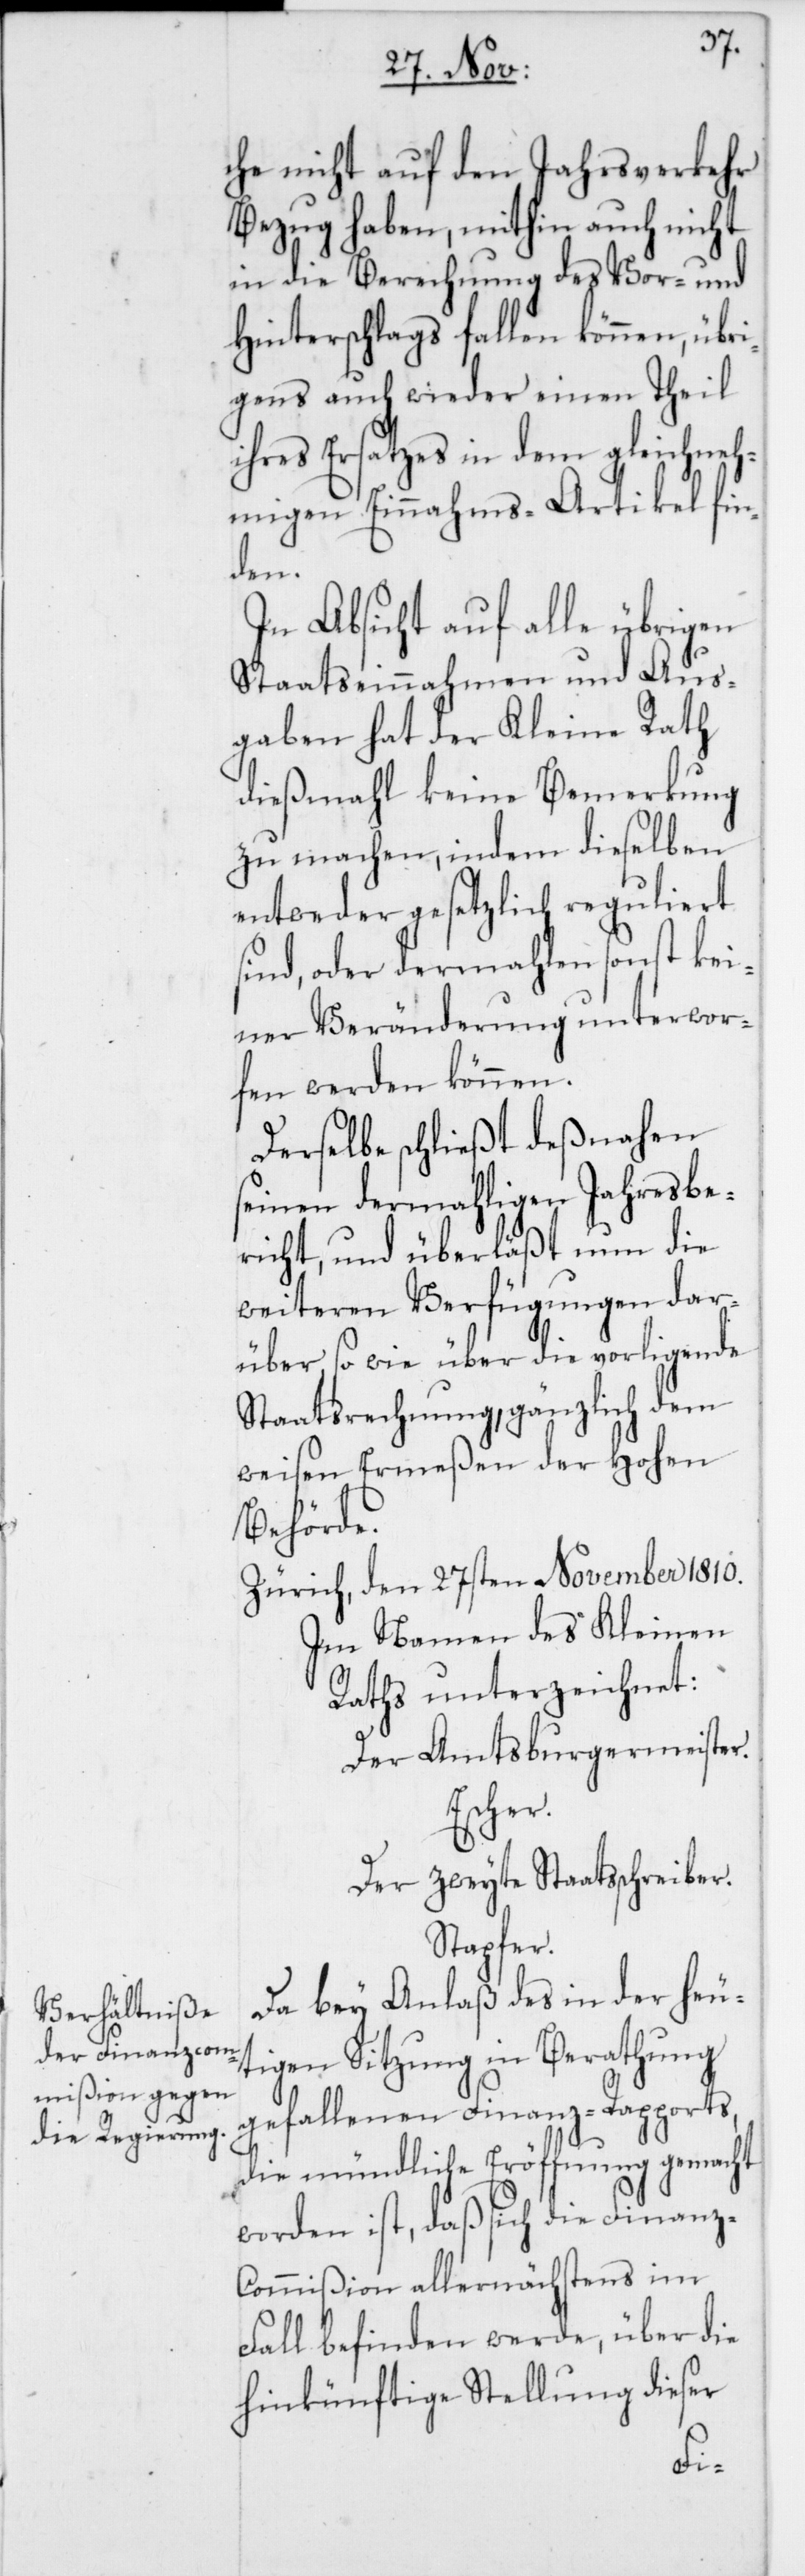
che nicht auf den Jahrsverkehr
Bezug haben, mithin auch nicht
in die Berechnung des Vor- und
Hinterschlags fallen können, übr¬
igens auch wieder einen Theil
ihres Ersatzes in dem gleichneh¬
migen Einnahms-Artikel fin¬
den.
In Absicht auf alle übrigen
Staatseinnahmen und Aus¬
gaben hat der Kleine Rath
dießmahl keine Bemerkung
zu machen, indem dieselben
entweder gesetzlich reguliert
sind, oder dermahlen sonst ke¬
iner Veränderung unterwor¬
fen werden können.
Derselbe schließt deßnahen
seinen dermahligen Jahresbe¬
richt, und überläßt nun die
weiteren Verfügungen dar¬
über, sowie über die vorliegende
Staatsrechnung, gänzlich dem
weisen Ermeßen der Hohen
Behörde.
Zürich, den 27sten November 1810.
Im Namen des Kleinen
Raths unterzeichnet:
Der Amtsburgermeister
Escher.
Der zweyte Staatsschreiber
Stapfer.
Da bey Anlaß des in der heu¬
tigen Sitzung in Berathung
gefallenen Finanz-Rapports,
die mündliche Eröffnung gemacht
worden ist, daß sich die Finanz-C¬
ommißion allernächstens im
Fall befinden werde, über die
hinkünftige Stellung dieser